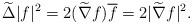
LaTeX: \begin{align*}\widetilde{\Delta} |f|^2=2 (\widetilde{\nabla} f)\overline{f}=2|\widetilde{\nabla} f|^2.\end{align*}